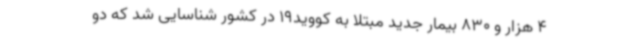
4 هزار و 830 بیمار جدید مبتلا به کووید19 در کشور شناسایی شد که دو